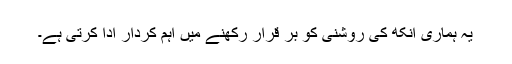
یہ ہماری آنکھ کی روشنی کو بر قرار رکھنے میں اہم کردار ادا کرتی ہے۔